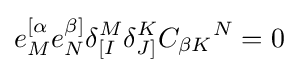
e_{M}^{[\alpha }e_{N}^{\beta ]}\delta _{[I}^{M}\delta _{J]}^{K}{C_{\beta K}}^{N}=0